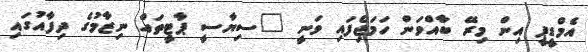
އެމްޑީޕީ އިން މިރޭ ބާއްވަން ހަމަޖެިފައި ވަނީ "ސިޔާސީ ޕާޓީތައް ނިޒާމުގެ ދިފާއުގައި